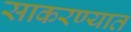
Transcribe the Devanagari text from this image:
साकरण्यात